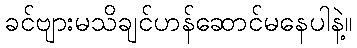
ခင်ဗျားမသိချင်ဟန်ဆောင်မနေပါနဲ့။